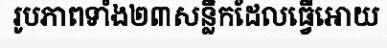
រូបភាពទាំង២៣សន្លឹកដែលធ្វើអោយ